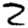
Digit: 2